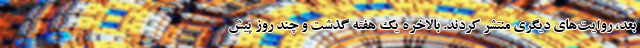
بعد، روایت‌های دیگری منتشر کردند. بالاخره یک هفته گذشت و چند روز پیش